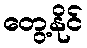
တွေ့နိုင်